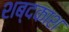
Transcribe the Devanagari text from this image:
शब्दकाश